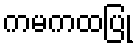
ကမကထပြု